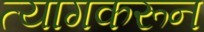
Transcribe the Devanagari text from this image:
त्यागकरून